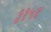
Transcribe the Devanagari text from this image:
३१५४